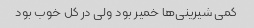
کمی شیرینی‌ها خمیر بود ولی در کل خوب بود